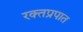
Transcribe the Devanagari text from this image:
रक्तप्रपात